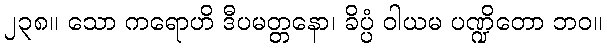
၂၃၈။ သော ကရောဟိ ဒီပမတ္တနော၊ ခိပ္ပံ ဝါယမ ပဏ္ဍိတော ဘဝ။